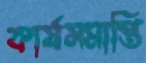
কার্যসমাপ্তি